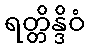
ရတ္တိန္ဒိဝံ